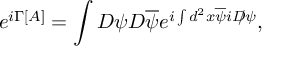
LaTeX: e ^ { i \Gamma [ A ] } = \int { \cal D } \psi { \cal D } \overline { { \psi } } e ^ { i \int d ^ { 2 } x \overline { { \psi } } i D \! \! \! / \psi } ,